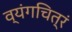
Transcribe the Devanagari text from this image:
व्यंगचित्रं